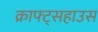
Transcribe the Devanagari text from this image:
क्राफ्ट्सहाउस